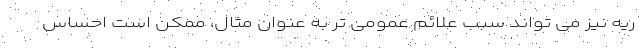
ریه نیز می تواند سبب علائم عمومی تر به عنوان مثال، ممکن است احساس